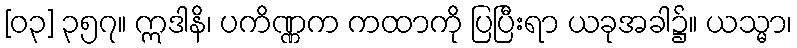
[၀၃] ၃၅၇။ ဣဒါနိ၊ ပကိဏ္ဏက ကထာကို ပြပြီးရာ ယခုအခါ၌။ ယသ္မာ၊